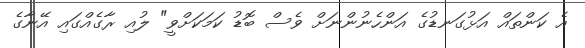
އެ ކަންތައް އަޅުގަނޑުގެ އަންހެނުންނަށް ވެސް ބޮޑު ކަމަކަށްވީ" ލުއި ރާގެއްގައި އޭނާގެ